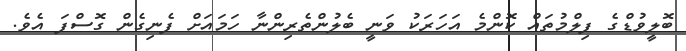
ބޮލީވުޑްގެ ފިލްމުތައް ކޮންމެ އަހަރަކު ވަނީ ބެލުންތެރިންނާ ހަމައަށް ފެނިގެން ގޮސްފަ އެވެ.